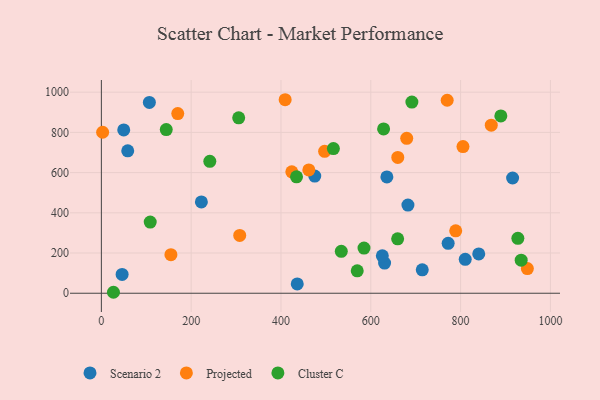
{"axis": {"x": "Investment", "y": "Fuel Efficiency"}, "legend": ["Cluster C", "Projected", "Scenario 2"], "data": [{"x": "46.2", "y": 93.7, "type": "Scenario 2"}, {"x": "915.8", "y": 573.1, "type": "Scenario 2"}, {"x": "436.2", "y": 46.3, "type": "Scenario 2"}, {"x": "106.9", "y": 949.2, "type": "Scenario 2"}, {"x": "840.4", "y": 195.4, "type": "Scenario 2"}, {"x": "222.7", "y": 454.0, "type": "Scenario 2"}, {"x": "49.8", "y": 812.3, "type": "Scenario 2"}, {"x": "772.3", "y": 248.4, "type": "Scenario 2"}, {"x": "635.8", "y": 578.5, "type": "Scenario 2"}, {"x": "810.3", "y": 168.6, "type": "Scenario 2"}, {"x": "475.2", "y": 582.6, "type": "Scenario 2"}, {"x": "58.7", "y": 708.1, "type": "Scenario 2"}, {"x": "714.6", "y": 116.6, "type": "Scenario 2"}, {"x": "630.7", "y": 150.0, "type": "Scenario 2"}, {"x": "625.7", "y": 186.3, "type": "Scenario 2"}, {"x": "682.7", "y": 438.4, "type": "Scenario 2"}, {"x": "170.1", "y": 893.7, "type": "Projected"}, {"x": "660.1", "y": 675.6, "type": "Projected"}, {"x": "770.1", "y": 959.8, "type": "Projected"}, {"x": "868.3", "y": 835.7, "type": "Projected"}, {"x": "497.2", "y": 706.0, "type": "Projected"}, {"x": "680.0", "y": 770.3, "type": "Projected"}, {"x": "948.7", "y": 122.5, "type": "Projected"}, {"x": "308.1", "y": 287.7, "type": "Projected"}, {"x": "409.3", "y": 962.5, "type": "Projected"}, {"x": "424.1", "y": 603.9, "type": "Projected"}, {"x": "462.0", "y": 613.1, "type": "Projected"}, {"x": "805.3", "y": 729.3, "type": "Projected"}, {"x": "2.8", "y": 800.7, "type": "Projected"}, {"x": "154.9", "y": 191.9, "type": "Projected"}, {"x": "789.1", "y": 310.2, "type": "Projected"}, {"x": "628.5", "y": 817.2, "type": "Cluster C"}, {"x": "534.3", "y": 208.5, "type": "Cluster C"}, {"x": "516.7", "y": 719.6, "type": "Cluster C"}, {"x": "584.9", "y": 224.7, "type": "Cluster C"}, {"x": "569.8", "y": 111.7, "type": "Cluster C"}, {"x": "889.6", "y": 882.0, "type": "Cluster C"}, {"x": "305.8", "y": 872.6, "type": "Cluster C"}, {"x": "26.9", "y": 4.8, "type": "Cluster C"}, {"x": "144.5", "y": 814.2, "type": "Cluster C"}, {"x": "934.9", "y": 164.7, "type": "Cluster C"}, {"x": "927.5", "y": 273.0, "type": "Cluster C"}, {"x": "241.5", "y": 655.9, "type": "Cluster C"}, {"x": "108.8", "y": 353.8, "type": "Cluster C"}, {"x": "659.8", "y": 270.5, "type": "Cluster C"}, {"x": "691.5", "y": 950.7, "type": "Cluster C"}, {"x": "434.6", "y": 579.0, "type": "Cluster C"}]}